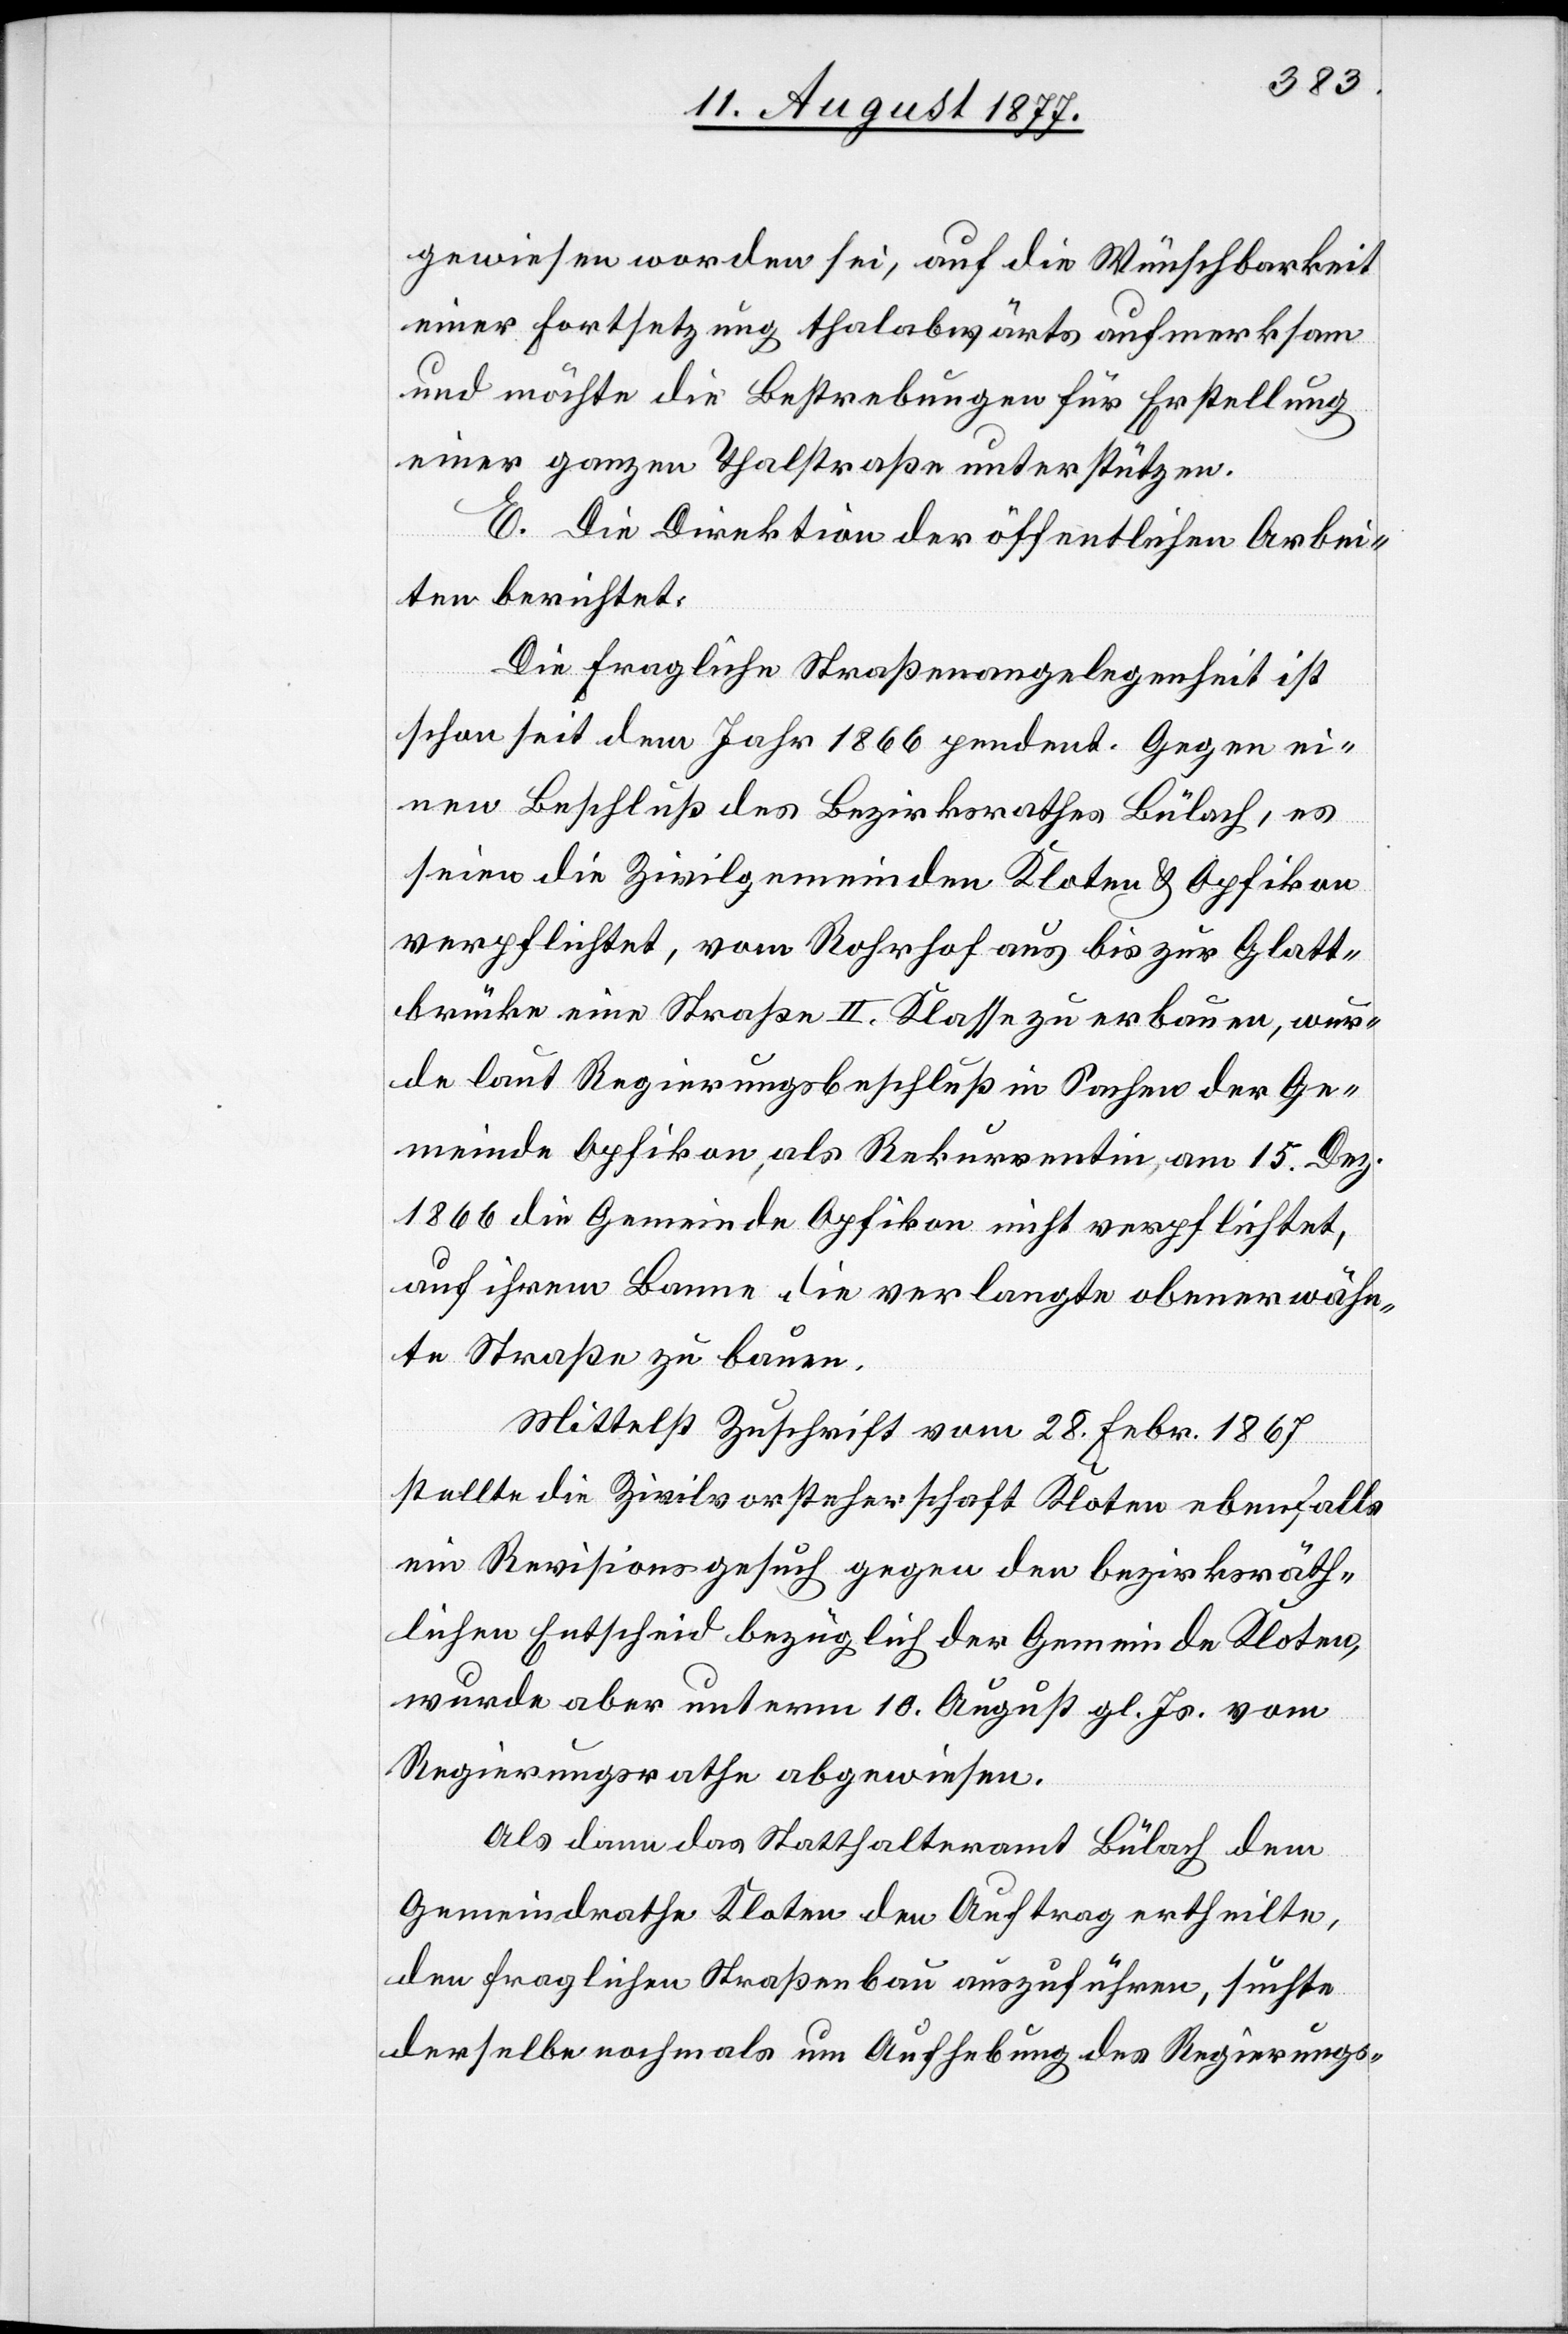
gewiesen worden sei, auf die Wünschbarkeit
einer Fortsetzung thalabwärts aufmerksam
und möchte die Bestrebungen für Erstellung
einer ganzen Thalstraße unterstützen.
E. Die Direktion der öffentlichen Arbei¬
ten berichtet:
Die fragliche Straßenangelegenheit ist
schon seit dem Jahr 1866 pendent. Gegen ei¬
nen Beschluß des Bezirksrathes Bülach, es
seien die Zivilgemeinden Kloten & Opfikon
verpflichtet, vom Rohrhof aus bis zur Glatt¬
brücke eine Straße II. Klasse zu erbauen, wur¬
de laut Regierungsbeschluß in Sachen der Ge¬
meinde Opfikon, als Rekurrentin, am 15. Dez.
1866 die Gemeinde Opfikon nicht verpflichtet,
auf ihrem Banne die verlangte obenerwähn¬
te Straße zu bauen.
Mittelst Zuschrift vom 28. Febr. 1867
stellte die Zivilvorsteherschaft Kloten ebenfalls
ein Revisionsgesuch gegen den bezirksräth¬
lichen Entscheid bezüglich der Gemeinde Kloten,
wurde aber unterm 10. August gl. Js. vom
Regierungsrathe abgewiesen.
Als dann das Statthalteramt Bülach dem
Gemeindrathe Kloten den Auftrag ertheilte,
den fraglichen Straßenbau auszuführen, suchte
derselbe nochmals um Aufhebung des Regierungs-